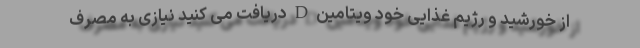
از خورشید و رژیم غذایی خود ویتامین D دریافت می کنید نیازی به مصرف